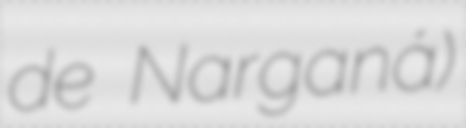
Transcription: de Narganá)